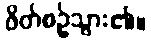
ဖိတ်စဉ်သွား၏။